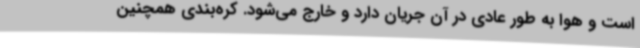
است و هوا به طور عادی در آن جریان دارد و خارج می‌شود. کره‌بندی همچنین